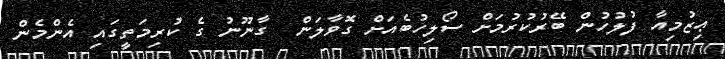
ޢިޒުމިއާ ފުލުހުން ބޭރުކުރުމަށް ސޯލިހުބެއަށް ގޮވާލަން  ގާނޫނު ގެ ކުރިމަތީގައި އެންމެން